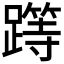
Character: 𨅸